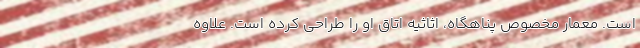
است. معمار مخصوص پناهگاه، اثاثیه اتاق او را طراحی کرده است. علاوه